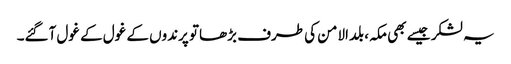
یہ لشکر جیسے بھی مکہ، بلدالامن کی طرف بڑھاتو پرندوں کے غول کے غول آگئے۔